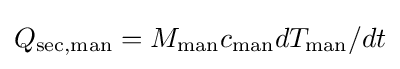
Q_{\text{sec,man}}=M_{\text{man}}c_{\text{man}}dT_{\text{man}}/dt